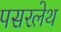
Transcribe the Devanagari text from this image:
पसरलेथ